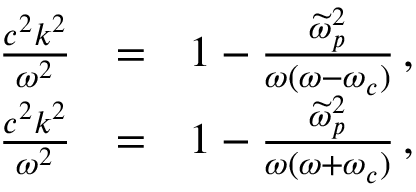
\begin{array} { r l r } { \frac { c ^ { 2 } k ^ { 2 } } { \omega ^ { 2 } } } & { = } & { 1 - \frac { \widetilde { \omega } _ { p } ^ { 2 } } { \omega ( \omega - \omega _ { c } ) } \, , } \\ { \frac { c ^ { 2 } k ^ { 2 } } { \omega ^ { 2 } } } & { = } & { 1 - \frac { \widetilde { \omega } _ { p } ^ { 2 } } { \omega ( \omega + \omega _ { c } ) } \, , } \end{array}